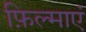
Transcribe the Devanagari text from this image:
फ़िल्माएं